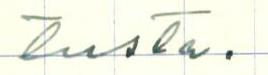
tusta.